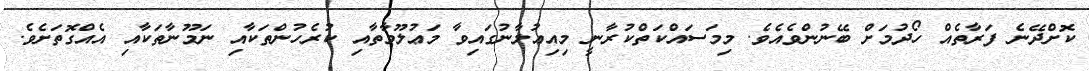
ކޮށްދޭނެ ފަރާތެއް ހޯދުމަށް ބޭނުންވެއެވެ. މިމަސައްކަތްކުރާނީ މިއިޢުލާނުގައިވާ މަޢުލޫމާތާއި ކުރެހުންތަކާއި ނަމޫނާތަކާއި އެއްގޮތަށެވެ.